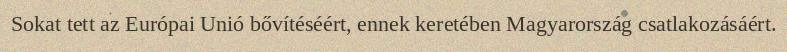
Sokat tett az Európai Unió bővítéséért, ennek keretében Magyarország csatlakozásáért.